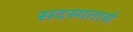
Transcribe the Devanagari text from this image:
सदस्यतासे